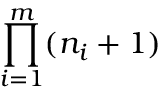
\prod _ { i = 1 } ^ { m } ( n _ { i } + 1 )